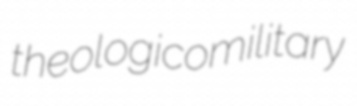
theologicomilitary